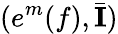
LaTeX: (e^{m}(f),\bar{{\mathbf{I}}})